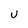
Character: u